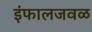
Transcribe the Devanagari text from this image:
इंफालजवळ